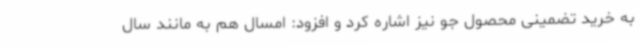
به خرید تضمینی محصول جو نیز اشاره کرد و افزود: امسال هم به مانند سال